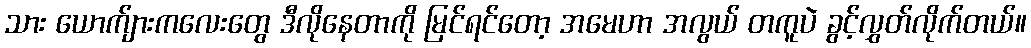
သား ယောက်ျားကလေးတွေ ဒီလိုနေတာကို မြင်ရင်တော့ အမေဟာ အလွယ် တကူပဲ ခွင့်လွှတ်လိုက်တယ်။